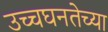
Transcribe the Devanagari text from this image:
उच्चघनतेच्या